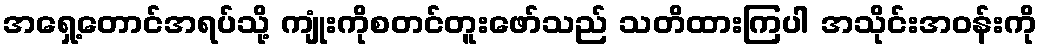
အရှေ့တောင်အရပ်သို့ ကျုံးကိုစတင်တူးဖော်သည် သတိထားကြပါ အသိုင်းအဝန်းကို